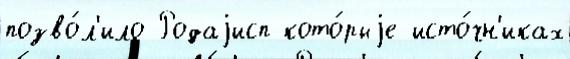
позво́л'ило Родаjисп кото́рыjе исто́чн'иках